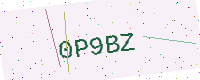
Text: 0P9BZ